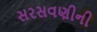
સરસવણીની